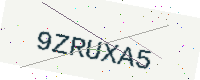
Text: 9ZRUXA5